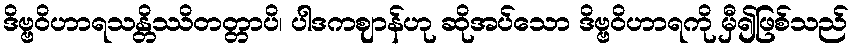
ဒိဗ္ဗဝိဟာရသန္တိဿိတတ္တာပိ၊ ပါဒကဈာန်ဟု ဆိုအပ်သော ဒိဗ္ဗဝိဟာရကို မှီ၍ဖြစ်သည်